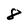
Character: 8